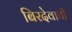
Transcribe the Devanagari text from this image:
बिरदेवाची